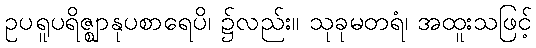
ဥပရူပရိဇ္ဈာနုပစာရေပိ၊ ၌လည်း။ သုခုမတရံ၊ အထူးသဖြင့်